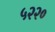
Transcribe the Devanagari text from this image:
५२२०